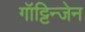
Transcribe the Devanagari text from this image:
गॉट्टिन्जेन